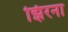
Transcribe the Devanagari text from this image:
झिरना